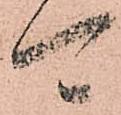
可